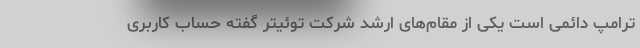
ترامپ دائمی است یکی از مقام‌های ارشد شرکت توئیتر گفته حساب کاربری